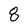
Character: 8